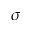
\sigma